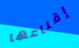
إقناعها